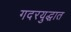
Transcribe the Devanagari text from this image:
गदरयुद्धात